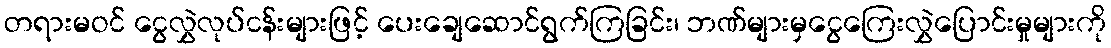
တရားမဝင် ငွေလွှဲလုပ်ငန်းများဖြင့် ပေးချေဆောင်ရွက်ကြခြင်း၊ ဘဏ်များမှငွေကြေးလွှဲပြောင်းမှုများကို